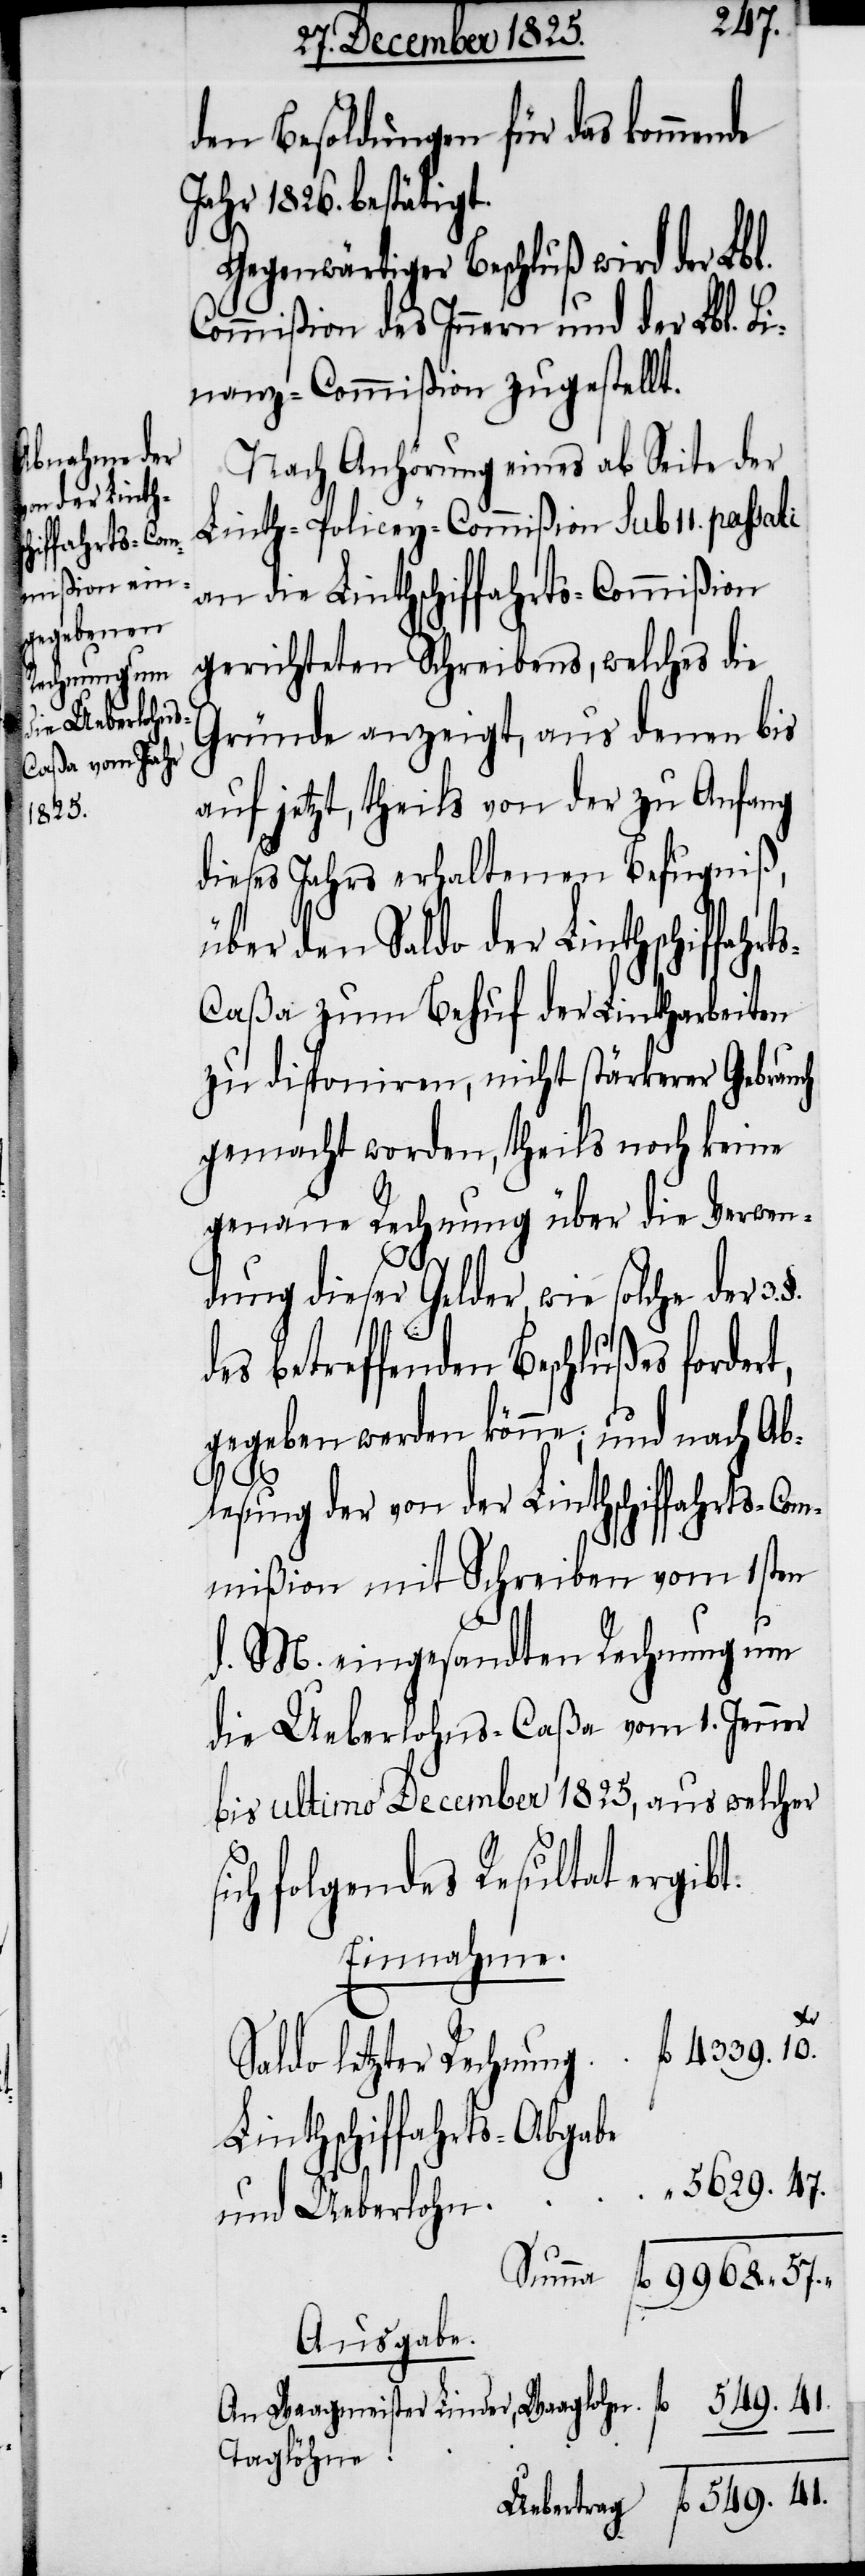
fahrts-C¬

den Besoldungen für das kommende
Jahr 1826. bestätigt.
Nach Anhörung eines ab Seite der
Linth-Policey-Commißion sub 11. passati
an die Linthschiffahrts-Commißion
gerichteten Schreibens, welches die
Gründe anzeigt, aus denen bis
auf jetzt, theils von der zu Anfang
dieses Jahres erhaltenen Befugniß,
über den Saldo der Linthschif¬
aßa zum Behuf der Lintharbeiten
zu disponiren, nicht stärkerer Gebrauch
gemacht worden, theils noch keine
genaue Rechnung über die Verwen¬
41.
dung dieser Gelder, wie solche der 3.
es betreffenden Beschlußes forder¬
gegeben werden könne; und nach Ab¬
fl.
lesung der von der Linthschiffahrts-Com¬
mißion mit Schreiben vom 1sten
d. M. eingesandten Rechnung um
die Ueberlohns-Caßa vom 1. Jenner
bis ultimo December 1825, aus welcher
ich folgendes Resultat ergibt:
Einnahme.
§.
aldo letzter Rechnung
Linthschiffahrts-Abgabe
5629. 47.
“
und Ueberlohn
Ausgabe.
Am Waagmeister Linder, Waaglohn
Taglöhne
Uebertrag